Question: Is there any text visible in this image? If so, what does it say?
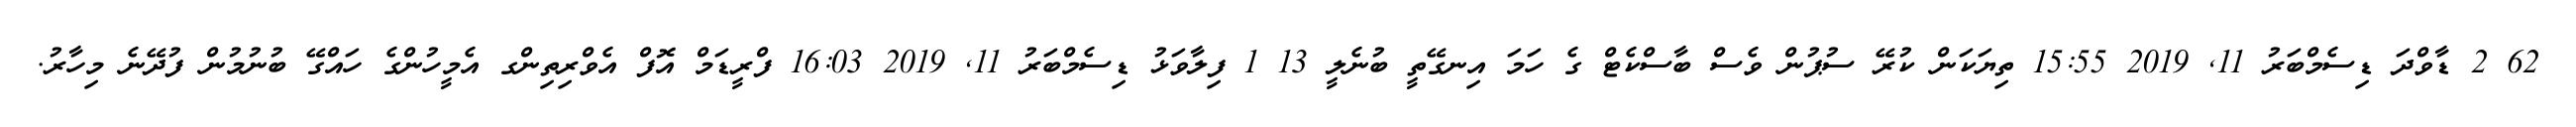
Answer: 62 2 ޑާވްދަ ޑިސެމްބަރު 11, 2019 15:55 ތިޔަކަން ކުރޭ ސުޕުން ވެސް ބާސްކެޓް ގެ ހަމަ އިނގޭތީ ބުނެލީ 13 1 ފިލާވަޅު ޑިސެމްބަރު 11, 2019 16:03 ފްރީޑަމް އޮފް އެވްރިތިންގ އެމީހުންގެ ހައްގޭ ބުނުމުން ފުދޭނެ މިހާރު.